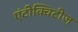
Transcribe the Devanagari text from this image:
एंटीक्विटीज